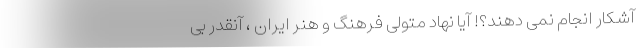
آشکار انجام نمی دهند؟! آیا نهاد متولی فرهنگ و هنر ایران ، آنقدر بی